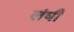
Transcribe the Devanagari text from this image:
लंघी